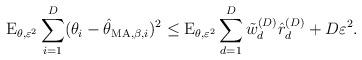
LaTeX: \begin{align*}\mathrm{E}_{\theta,\varepsilon^2} \sum_{i=1}^{D}(\theta_{i}-\hat{\theta}_{\mathrm{MA},\beta,i})^2\leq \mathrm{E}_{\theta,\varepsilon^2} \sum_{d=1}^{D}\tilde{w}_{d}^{(D)}\hat{r}^{(D)}_{d} + D\varepsilon^{2}.\end{align*}